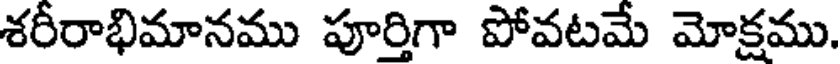
శరీరాభిమానము పూర్తిగా పోవటమే మోక్షము.